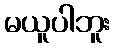
မယူပါဘူး